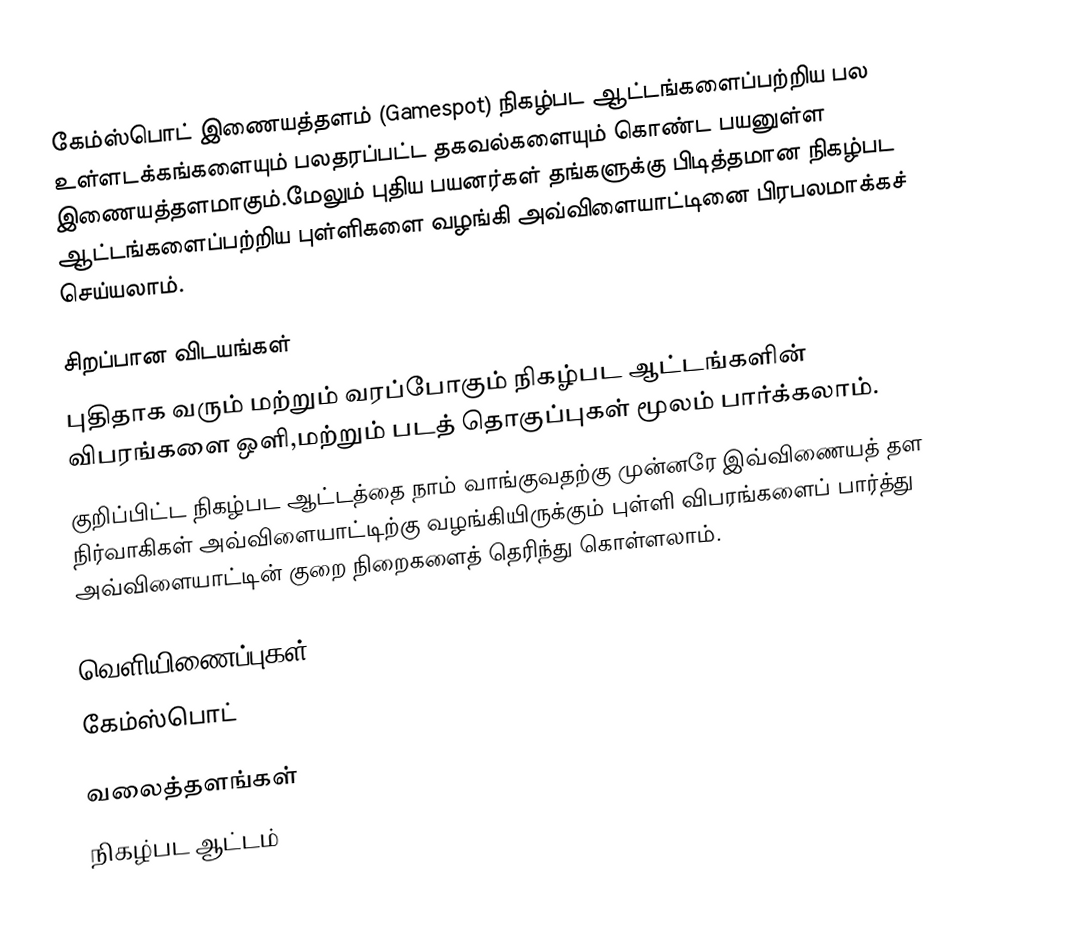
கேம்ஸ்பொட் இணையத்தளம் (Gamespot) நிகழ்பட ஆட்டங்களைப்பற்றிய பல உள்ளடக்கங்களையும் பலதரப்பட்ட தகவல்களையும் கொண்ட பயனுள்ள இணையத்தளமாகும்.மேலும் புதிய பயனர்கள் தங்களுக்கு பிடித்தமான நிகழ்பட ஆட்டங்களைப்பற்றிய புள்ளிகளை வழங்கி அவ்விளையாட்டினை பிரபலமாக்கச் செய்யலாம்.

சிறப்பான விடயங்கள்
புதிதாக வரும் மற்றும் வரப்போகும் நிகழ்பட ஆட்டங்களின் விபரங்களை ஒளி,மற்றும் படத் தொகுப்புகள் மூலம் பார்க்கலாம்.
குறிப்பிட்ட நிகழ்பட ஆட்டத்தை நாம் வாங்குவதற்கு முன்னரே இவ்விணையத் தள நிர்வாகிகள் அவ்விளையாட்டிற்கு வழங்கியிருக்கும் புள்ளி விபரங்களைப் பார்த்து அவ்விளையாட்டின் குறை நிறைகளைத் தெரிந்து கொள்ளலாம்.

வெளியிணைப்புகள்
 கேம்ஸ்பொட்

வலைத்தளங்கள்
நிகழ்பட ஆட்டம்